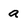
Character: a